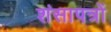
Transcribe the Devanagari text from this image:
शंसापत्रों